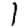
Digit: 1